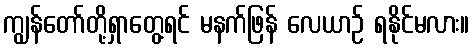
ကျွန်တော်တို့ရှာတွေ့ရင် မနက်ဖြန် လေယာဉ် ရနိုင်မလား။